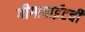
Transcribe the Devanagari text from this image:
गीगाबाईटची